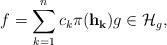
LaTeX: \begin{align*}f = \sum_{k=1}^n c_k \pi(\mathbf{h_k}) g \in \mathcal{H}_g,\end{align*}